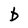
Character: b